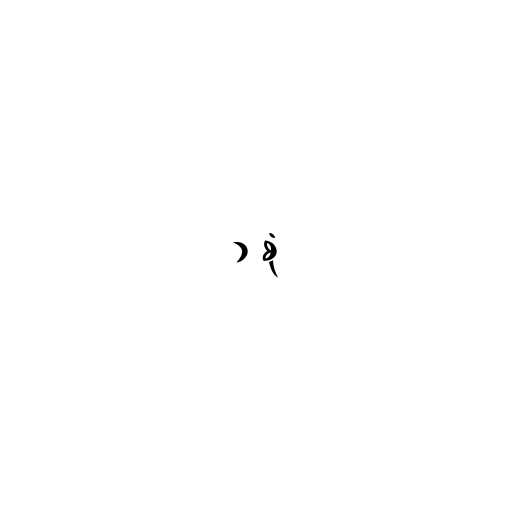
၁ စုံ